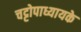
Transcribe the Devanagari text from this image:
चट्टोपाध्यायके